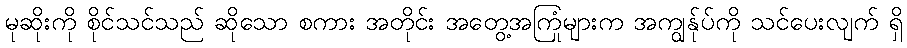
မုဆိုးကို စိုင်သင်သည် ဆိုသော စကား အတိုင်း အတွေ့အကြုံများက အကျွန်ုပ်ကို သင်ပေးလျက် ရှိ